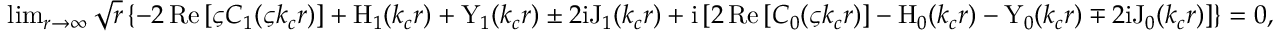
\begin{array} { r } { \operatorname* { l i m } _ { r \rightarrow \infty } \sqrt { r } \left\{ - 2 \, \mathrm { R e } \left[ \varsigma C _ { 1 } ( \varsigma k _ { c } r ) \right] + \mathrm { H } _ { 1 } ( k _ { c } r ) + \mathrm { Y } _ { 1 } ( k _ { c } r ) \pm 2 \mathrm { i } \mathrm { J } _ { 1 } ( k _ { c } r ) + \mathrm { i } \left[ 2 \, \mathrm { R e } \left[ C _ { 0 } ( \varsigma k _ { c } r ) \right] - \mathrm { H } _ { 0 } ( k _ { c } r ) - \mathrm { Y } _ { 0 } ( k _ { c } r ) \mp 2 \mathrm { i } \mathrm { J } _ { 0 } ( k _ { c } r ) \right] \right\} = 0 , } \end{array}